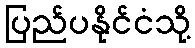
ပြည်ပနိုင်ငံသို့